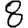
Digit: 8